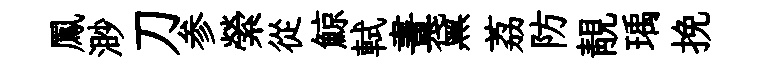
鳳渺刀参縈從鯨軾晝黛荔防靚瑀挽